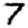
Digit: 7